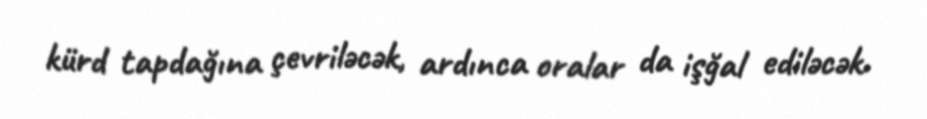
kürd tapdağına çevriləcək, ardınca oralar da işğal ediləcək.